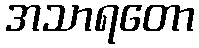
အသာရတော